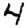
Digit: 4